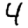
Digit: 4